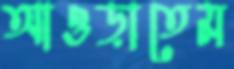
আওড়াতেম